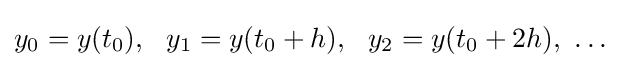
y_{0}=y(t_{0}),\ \ y_{1}=y(t_{0}+h),\ \ y_{2}=y(t_{0}+2h),\ \dots